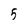
Character: 5